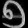
Digit: ၅